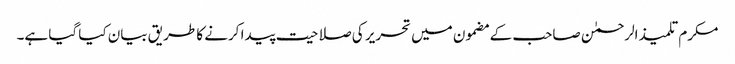
مکرم تلمیذ الرحمٰن صاحب کے مضمون میں تحریر کی صلاحیت پیدا کرنے کا طریق بیان کیا گیا ہے۔